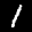
Digit: 1